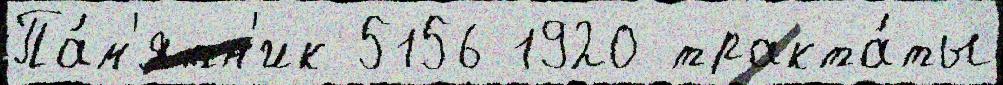
Па́м'ятн'ик 5156 1920 тракта́ты